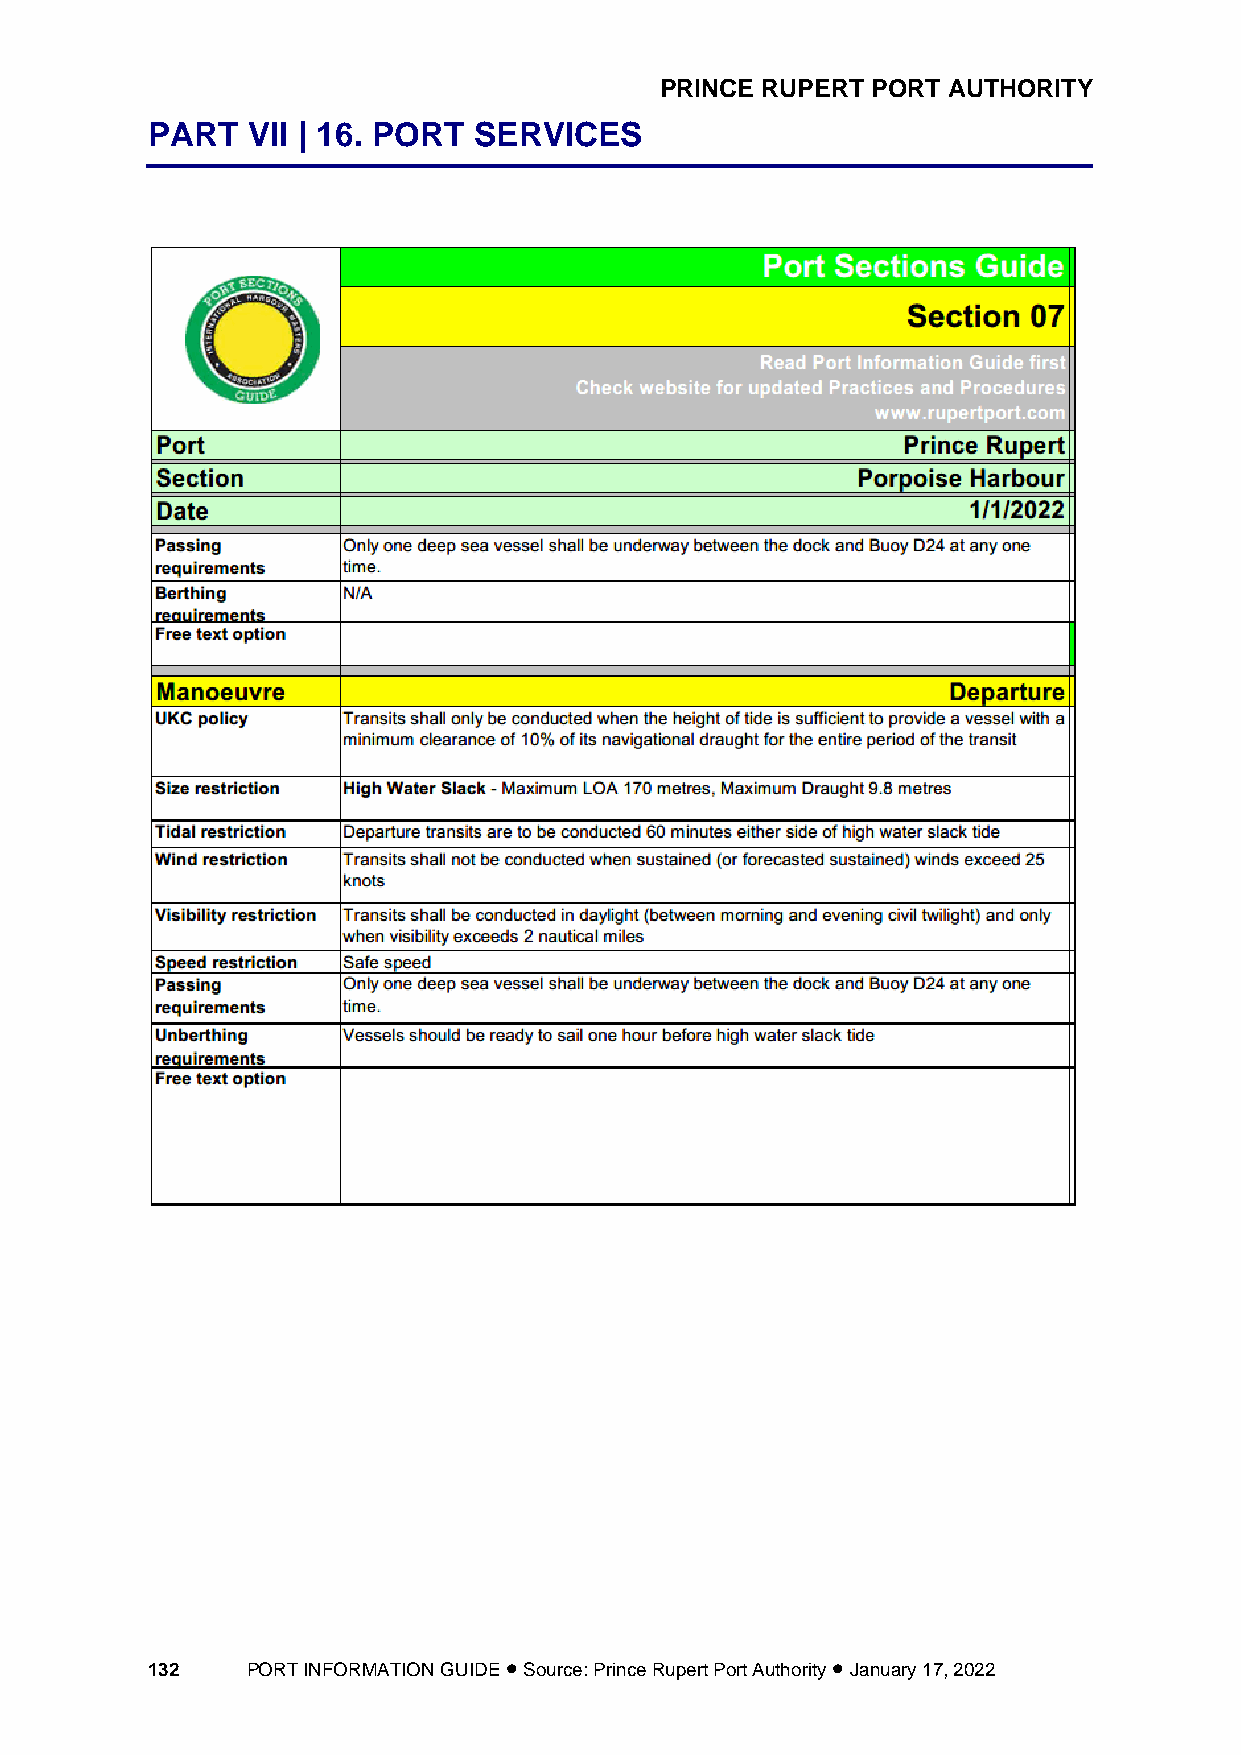
PRINCE RUPERT PORT AUTHORITY
 PART  VII | 16. PORT SERVICES
 132   PORT INFORMATION GUIDE • Source: Prince Rupert Port Authority • January 17, 2022